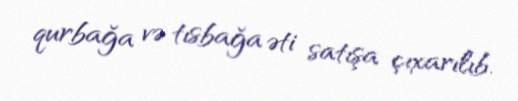
qurbağa və tısbağa əti satışa çıxarılıb.